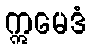
ဣမေဒံ